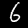
Digit: 6